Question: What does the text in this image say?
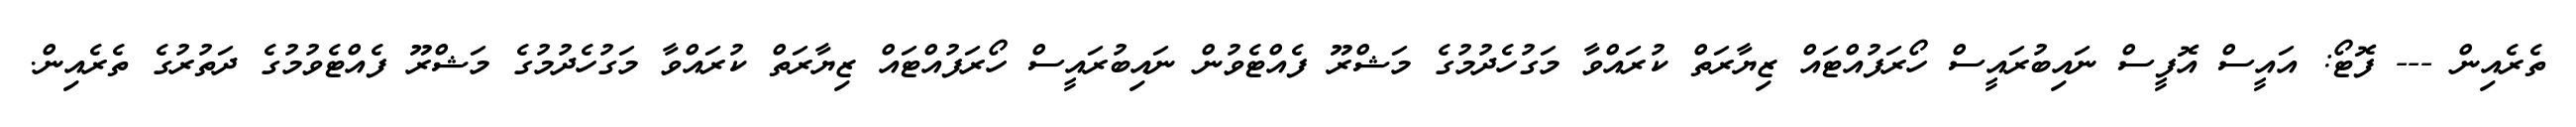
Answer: ތެރެއިން --- ފޮޓޯ: އައީސް އޮފީސް ނައިބުރައީސް ހޯރަފުއްޓައް ޒިޔާރަތް ކުރައްވާ މަގުހެދުމުގެ މަޝްރޫ ފެއްޓެވުން ނައިބުރައީސް ހޯރަފުއްޓައް ޒިޔާރަތް ކުރައްވާ މަގުހެދުމުގެ މަޝްރޫ ފެއްޓެވުމުގެ ދަތުރުގެ ތެރެއިން.